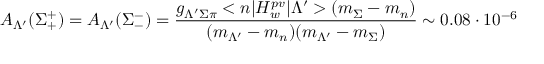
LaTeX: A _ { \Lambda ^ { \prime } } ( \Sigma _ { + } ^ { + } ) = A _ { \Lambda ^ { \prime } } ( \Sigma _ { - } ^ { - } ) = \frac { g _ { \Lambda ^ { \prime } \Sigma \pi } < n | H _ { w } ^ { p v } | \Lambda ^ { \prime } > ( m _ { \Sigma } - m _ { n } ) } { ( m _ { \Lambda ^ { \prime } } - m _ { n } ) ( m _ { \Lambda ^ { \prime } } - m _ { \Sigma } ) } \sim 0 . 0 8 \cdot 1 0 ^ { - 6 }